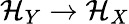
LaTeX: \mathcal{H}_{Y}\rightarrow\mathcal{H}_{X}